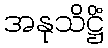
အနုသိဋ္ဌိံ